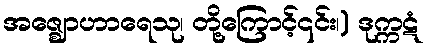
အဇ္ဈောဟာရေသု၊ တို့ကြောင့်၎င်း၊) ဒုက္ကဋံ